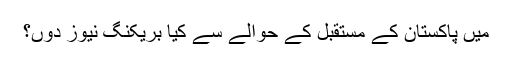
میں پاکستان کے مستقبل کے حوالے سے کیا بریکنگ نیوز دوں؟